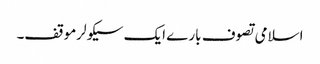
اسلامی تصوف بارے ایک سیکولرموقف۔